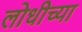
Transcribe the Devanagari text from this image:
लोधीच्या